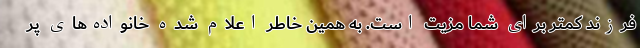
فرزند کمتر برای شما مزیت است. به همین خاطر اعلام شده خانواده‌های پر